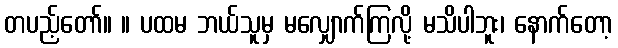
တပည့်တော်။ ။ ပထမ ဘယ်သူမှ မလျှောက်ကြလို့ မသိပါဘူး၊ နောက်တော့